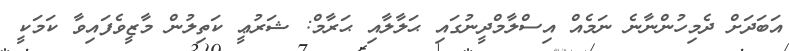
އަބަދަށް ދެމިހުންނާނެ ނަމެއް އިސްލާމްދީނުގައި ޙަލާލާއި ޙަރާމް: ޝަރުޢީ ކަތިލުން މާޒީވެފައިވާ ކަމަކީ